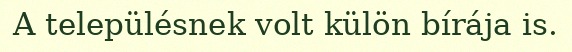
A településnek volt külön bírája is.